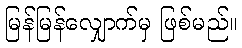
မြန်မြန်လျှောက်မှ ဖြစ်မည်။